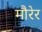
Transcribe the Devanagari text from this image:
मौरेर